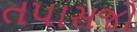
તપાસજો